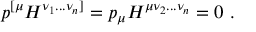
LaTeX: p ^ { [ \mu } H ^ { \nu _ { 1 } . . . \nu _ { n } ] } = p _ { \mu } H ^ { \mu \nu _ { 2 } . . . \nu _ { n } } = 0 \ .